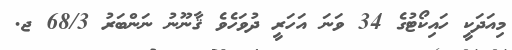
މިއަދަކީ ހައިކޯޓުގެ 34 ވަނަ އަހަރީ ދުވަހެވެ ޤާނޫނު ނަންބަރު 68/3 ޖ.